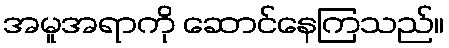
အမူအရာကို ဆောင်နေကြသည်။